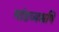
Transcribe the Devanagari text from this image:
मांडव्यऋषि